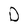
Character: D